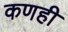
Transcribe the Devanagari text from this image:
कणही